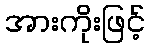
အားကိုးဖြင့်